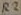
Text: R2